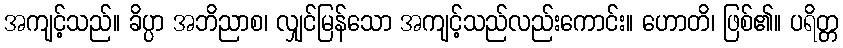
အကျင့်သည်။ ခိပ္ပာ အဘိညာစ၊ လျှင်မြန်သော အကျင့်သည်လည်းကောင်း။ ဟောတိ၊ ဖြစ်၏။ ပရိတ္တ